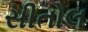
સીતોલ